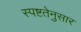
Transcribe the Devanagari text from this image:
स्पष्टतेनुसार